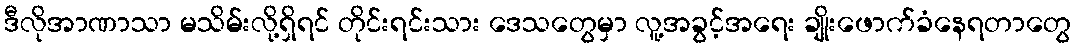
ဒီလိုအာဏာသာ မသိမ်းလို့ရှိရင် တိုင်းရင်းသား ဒေသတွေမှာ လူ့အခွင့်အရေး ချိုးဖောက်ခံနေရတာတွေ